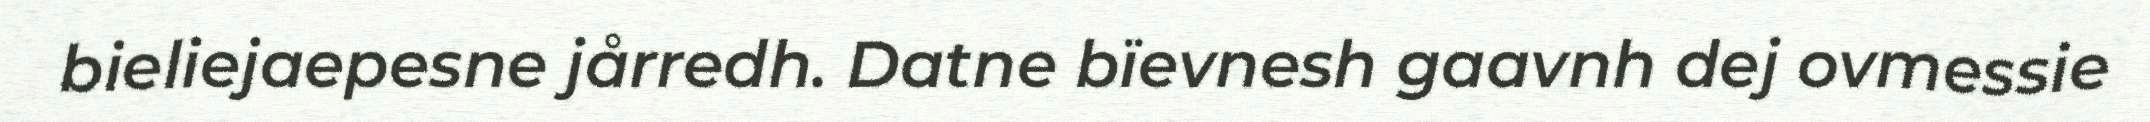
bieliejaepesne jårredh. Datne bïevnesh gaavnh dej ovmessie